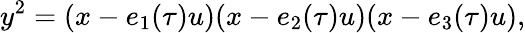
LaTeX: y^{2}=(x-e_{1}(\tau)u)(x-e_{2}(\tau)u)(x-e_{3}(\tau)u),